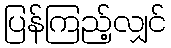
ပြန်ကြည့်လျှင်